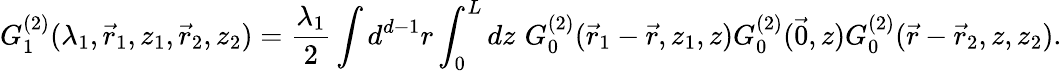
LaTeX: G_{1}^{(2)}(\lambda_{1},\vec{r}_{1},z_{1},\vec{r}_{2},z_{2})=\frac{\lambda_{1}}{2}\int{}d^{d-1}r\int_{0}^{L}dz\, \, G_{0}^{(2)}(\vec{r}_{1}-\vec{r},z_{1},z)G_{0}^{(2)}(\vec{0},z)G_{0}^{(2)}(\vec{r}-\vec{r}_{2},z,z_{2}).